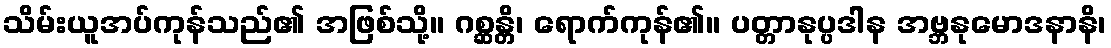
သိမ်းယူအပ်ကုန်သည်၏ အဖြစ်သို့။ ဂစ္ဆန္တိ၊ ရောက်ကုန်၏။ ပတ္တာနုပ္ပဒါန အဗ္ဘနုမောဒနာနိ၊